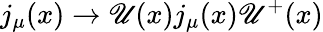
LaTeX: j_{\mu}(x)\rightarrow\mathscr{U}(x)j_{\mu}(x)\mathscr{U}^{+}(x)